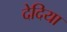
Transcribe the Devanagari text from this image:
देदिया